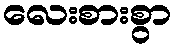
လေးစားစွာ